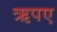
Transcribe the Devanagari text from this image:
ऋपए